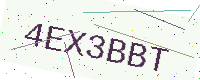
Text: 4EX3BBT